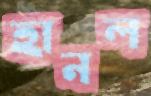
হানল